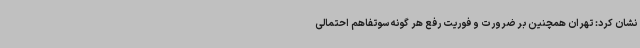
نشان کرد: تهران همچنین بر ضرورت و فوریت رفع هر گونه سوتفاهم احتمالی